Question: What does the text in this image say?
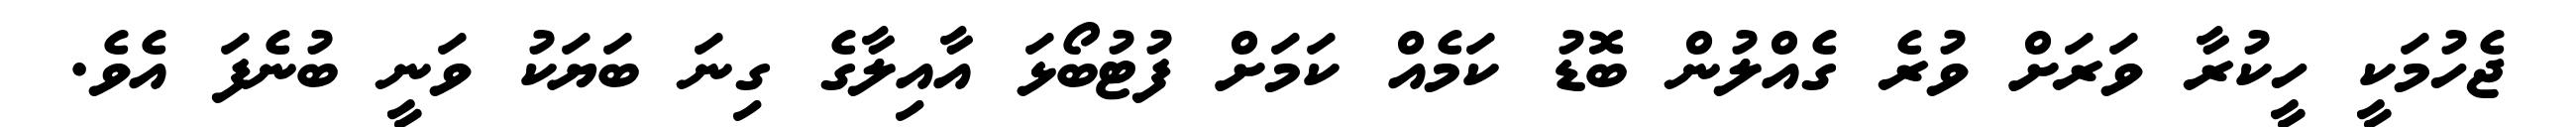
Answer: ޖެހުމަކީ ހީކުރާ ވަރަށް ވުރެ ގެއްލުން ބޮޑު ކަމެއް ކަމަށް ފުޓުބޯޅަ އާއިލާގެ ގިނަ ބަޔަކު ވަނީ ބުނެފަ އެވެ.